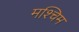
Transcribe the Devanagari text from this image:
मश्चिम